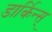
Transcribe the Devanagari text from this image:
डार्किन्स्